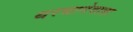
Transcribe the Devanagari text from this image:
थरथानेवाला